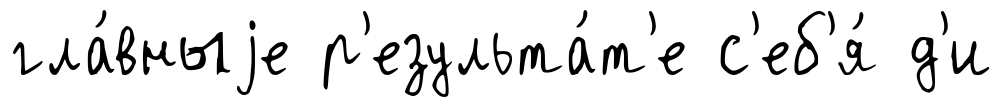
гла́вныjе р'езульта́т'е с'еб'я́ д'и